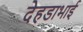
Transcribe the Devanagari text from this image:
देहडाभाई